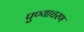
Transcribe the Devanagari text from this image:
पुण्याचरण